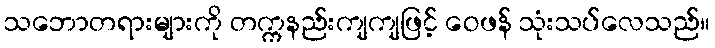
သဘောတရားများကို တက္ကနည်းကျကျဖြင့် ဝေဖန် သုံးသပ်လေသည်။